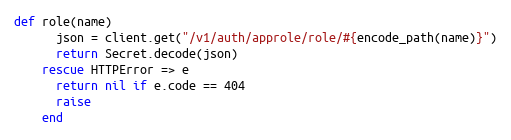
Language: Ruby
def role(name)
      json = client.get("/v1/auth/approle/role/#{encode_path(name)}")
      return Secret.decode(json)
    rescue HTTPError => e
      return nil if e.code == 404
      raise
    end